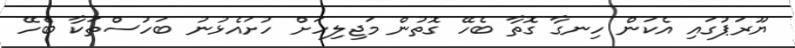
ޔޫރަޕުގައި އެކަން ހިނގާ ގޮތާ ބެހޭ ގޮތުން މަޖިލިހަށް ހުށައެޅުނު ބަހުސްތަކާ ބެހޭ